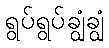
ရွပ်ရွပ်ချွံချွံ